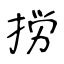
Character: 𢭐